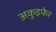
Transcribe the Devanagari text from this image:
अकुइफेर